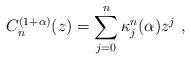
LaTeX: \begin{align*}C^{(1+\alpha)}_n(z) = \sum_{j=0}^n \kappa^n_j(\alpha) z^j\ ,\end{align*}